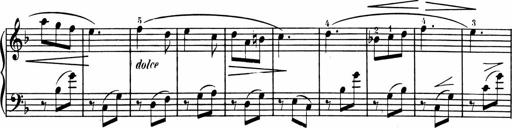
Title: 1Ã¨re Sonatine
Composer: FrÃ©dÃ©ric Binet